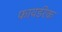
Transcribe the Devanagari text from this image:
फायर्डरेक